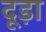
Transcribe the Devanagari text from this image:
दूड़ा